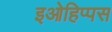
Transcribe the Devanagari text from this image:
इओहिप्पस